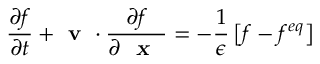
\frac { \partial f } { \partial t } + \textbf { v } \cdot \frac { \partial f } { \partial \textsl { \textbf { x } } } = - \frac { 1 } { \epsilon } \left[ f - f ^ { e q } \right]